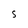
Character: S